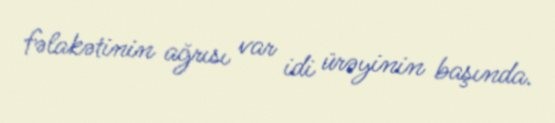
fəlakətinin ağrısı var idi ürəyinin başında.